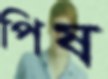
পিষ